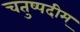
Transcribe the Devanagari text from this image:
चतुष्पदीम्